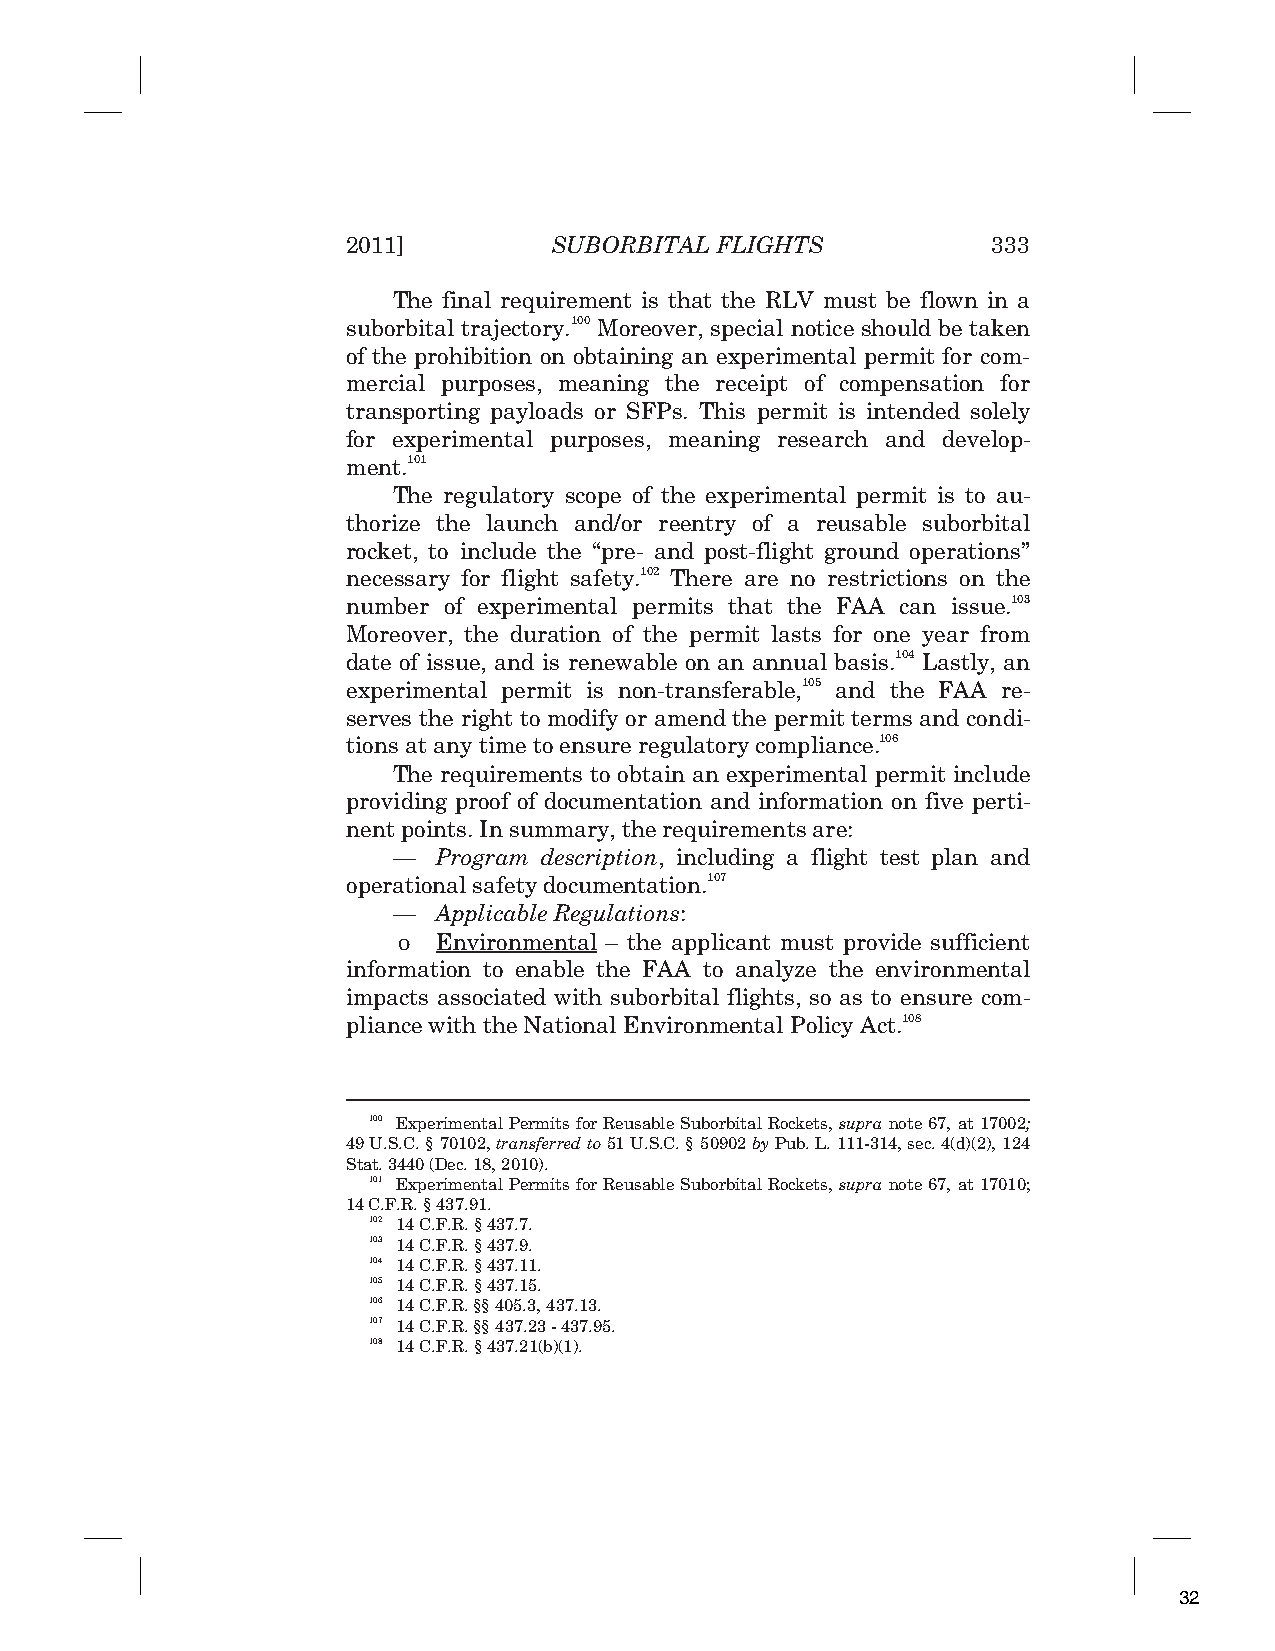
2011]         SUBORBITAL FLIGHTS           333
 The final requirement is that the RLV must be flown in a
 suborbital trajectory.100 Moreover, special notice should be taken
 of the prohibition on obtaining an experimental permit for com-
 mercial purposes, meaning the receipt of compensation for
 transporting payloads or SFPs. This permit is intended solely
 for experimental purposes, meaning research and develop-
 ment.101
 The regulatory scope of the experimental permit is to au-
 thorize the launch and/or reentry of a reusable suborbital
 rocket, to include the “pre- and post-flight ground operations”
 necessary for flight safety.102 There are no restrictions on the
 number of experimental permits that the FAA can issue.103
 Moreover, the duration of the permit lasts for one year from
 date of issue, and is renewable on an annual basis.104 Lastly, an
 experimental permit is non-transferable,105 and the FAA re-
 serves the right to modify or amend the permit terms and condi-
 tions at any time to ensure regulatory compliance.106
 The requirements to obtain an experimental permit include
 providing proof of documentation and information on five perti-
 nent points. In summary, the requirements are:
 —  Program description, including a flight test plan and
 operational safety documentation.107
 —  Applicable Regulations:
 ο  Environmental – the applicant must provide sufficient
 information to enable the FAA to analyze the environmental
 impacts associated with suborbital flights, so as to ensure com-
 pliance with the National Environmental Policy Act.108
 100 Experimental Permits for Reusable Suborbital Rockets, supra note 67, at 17002;
 49 U.S.C. § 70102, transferred to 51 U.S.C. § 50902 by Pub. L. 111-314, sec. 4(d)(2), 124
 Stat. 3440 (Dec. 18, 2010).
 101 Experimental Permits for Reusable Suborbital Rockets, supra note 67, at 17010;
 14 C.F.R. § 437.91.
 102 14 C.F.R. § 437.7.
 103 14 C.F.R. § 437.9.
 104 14 C.F.R. § 437.11.
 105 14 C.F.R. § 437.15.
 106 14 C.F.R. §§ 405.3, 437.13.
 107 14 C.F.R. §§ 437.23 - 437.95.
 108 14 C.F.R. § 437.21(b)(1).
 32